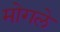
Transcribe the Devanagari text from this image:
मोगले